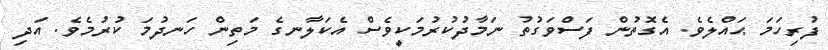
ފުރިހަމަ ޙައްލެވެ. އެގޮތުން ފަސްވަގުތު ނަމާދުކުރުމަކީވެސް އެކަލާނގެ މަތިން ހަނދުމަ ކުރުމެވެ. އަދި